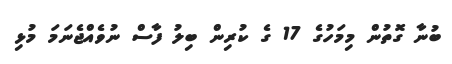
ބުނާ ގޮތުން މިމަހުގެ 17 ގެ ކުރިން ބިލު ފާސް ނުވެއްޖެނަމަ މުޅި